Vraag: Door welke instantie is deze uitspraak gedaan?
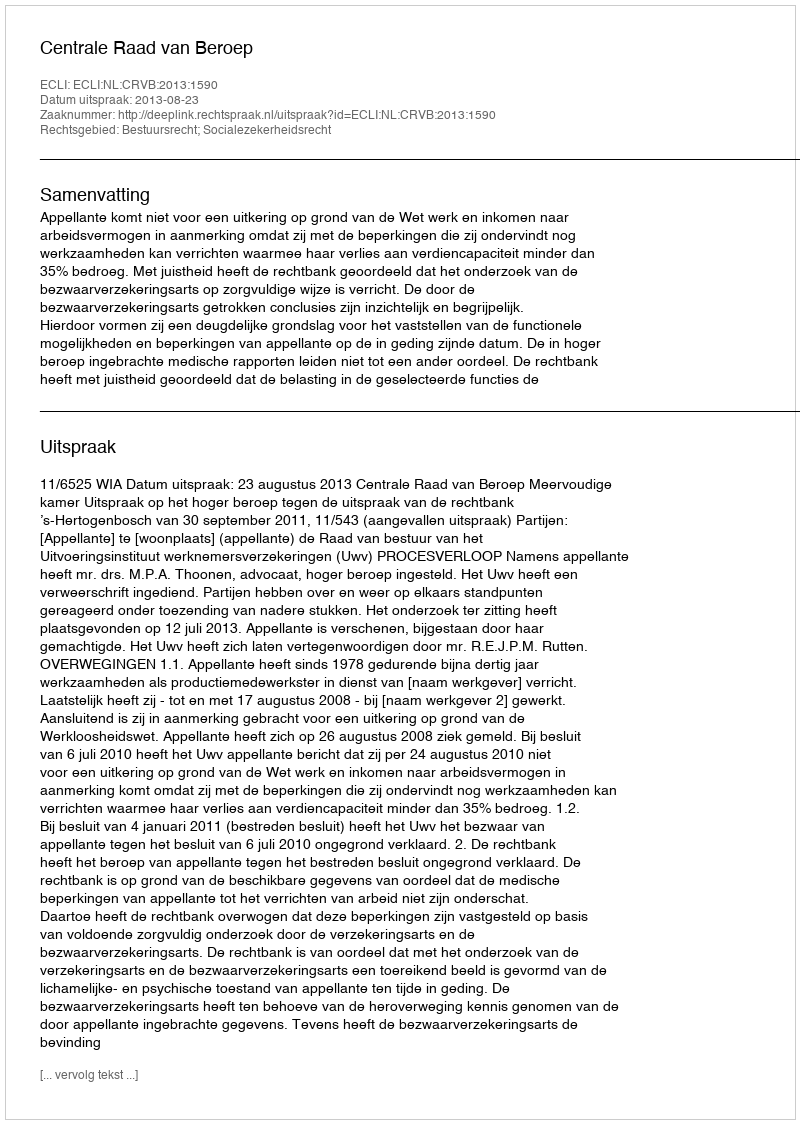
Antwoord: Centrale Raad van Beroep